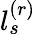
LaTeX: l_{s}^{(r)}